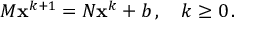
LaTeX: M \mathbf { x } ^ { k + 1 } = N \mathbf { x } ^ { k } + b \, , \quad k \geq 0 \, .